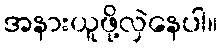
အနားယူဖို့လှဲနေပါ။